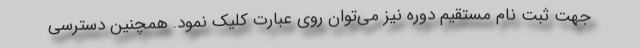
جهت ثبت نام مستقیم دوره نیز می‌توان روی عبارت کلیک نمود. همچنین دسترسی